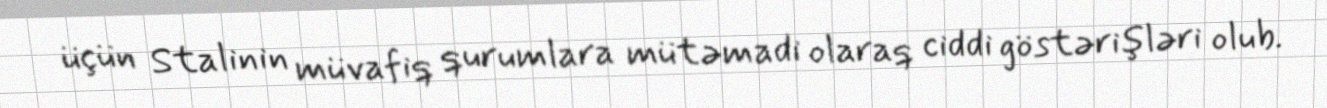
üçün Stalinin müvafiq qurumlara mütəmadi olaraq ciddi göstərişləri olub.